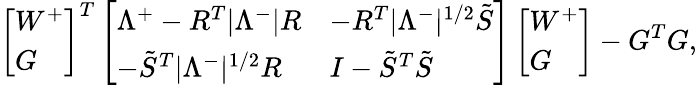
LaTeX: \left[\begin{array}{l}{W^{+}}\\ {G}\end{array}\right]^{T}\left[\begin{array}{ll}{\Lambda^{+}-R^{T}|\Lambda^{-}|R}&{-R^{T}|\Lambda^{-}|^{1/2}\tilde{S}}\\ {-\tilde{S}^{T}|\Lambda^{-}|^{1/2}R}&{I-\tilde{S}^{T}\tilde{S}}\end{array}\right]\left[\begin{array}{l}{W^{+}}\\ {G}\end{array}\right]-G^{T}G,